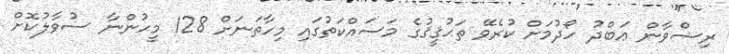
ރިޟްވާން ޢަބްދު ހޯދުމަށް ކުރެވޭ ތަޙުޤީޤުގެ މަސައްކަތުގައި މިހާތަނަށް 128 މީހުންނާ ސުވާލުކޮށް